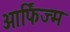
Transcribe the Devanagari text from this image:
ओर्फिज्म